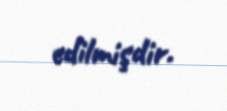
edilmişdir.